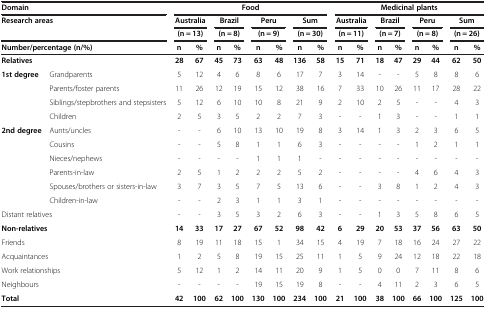
<table><thead><tr><td colspan="2"><b>Domain</b></td><td colspan="8"><b>Food</b></td><td colspan="8"><b>Medicinal plants</b></td></tr><tr><td rowspan="2" colspan="2"><b>Research areas</b></td><td colspan="2"><b>Australia</b></td><td colspan="2"><b>Brazil</b></td><td colspan="2"><b>Peru</b></td><td colspan="2"><b>Sum</b></td><td colspan="2"><b>Australia</b></td><td colspan="2"><b>Brazil</b></td><td colspan="2"><b>Peru</b></td><td colspan="2"><b>Sum</b></td></tr><tr><td colspan="2"><b>(n = 13)</b></td><td colspan="2"><b>(n = 8)</b></td><td colspan="2"><b>(n = 9)</b></td><td colspan="2"><b>(n = 30)</b></td><td colspan="2"><b>(n = 11)</b></td><td colspan="2"><b>(n = 7)</b></td><td colspan="2"><b>(n = 8)</b></td><td colspan="2"><b>(n = 26)</b></td></tr><tr><td colspan="2"><b>Number/percentage (n/%)</b></td><td><b>n</b></td><td><b>%</b></td><td><b>n</b></td><td><b>%</b></td><td><b>n</b></td><td><b>%</b></td><td><b>n</b></td><td><b>%</b></td><td><b>n</b></td><td><b>%</b></td><td><b>n</b></td><td><b>%</b></td><td><b>n</b></td><td><b>%</b></td><td><b>n</b></td><td><b>%</b></td></tr></thead><tbody><tr><td colspan="2"><b>Relatives</b></td><td><b>28</b></td><td><b>67</b></td><td><b>45</b></td><td><b>73</b></td><td><b>63</b></td><td><b>48</b></td><td><b>136</b></td><td><b>58</b></td><td><b>15</b></td><td><b>71</b></td><td><b>18</b></td><td><b>47</b></td><td><b>29</b></td><td><b>44</b></td><td><b>62</b></td><td><b>50</b></td></tr><tr><td rowspan="4"><b>1st degree</b></td><td>Grandparents</td><td>5</td><td>12</td><td>4</td><td>6</td><td>8</td><td>6</td><td>17</td><td>7</td><td>3</td><td>14</td><td>-</td><td>-</td><td>5</td><td>8</td><td>8</td><td>6</td></tr><tr><td>Parents/foster parents</td><td>11</td><td>26</td><td>12</td><td>19</td><td>15</td><td>12</td><td>38</td><td>16</td><td>7</td><td>33</td><td>10</td><td>26</td><td>11</td><td>17</td><td>28</td><td>22</td></tr><tr><td>Siblings/stepbrothers and stepsisters</td><td>5</td><td>12</td><td>6</td><td>10</td><td>10</td><td>8</td><td>21</td><td>9</td><td>2</td><td>10</td><td>2</td><td>5</td><td>-</td><td>-</td><td>4</td><td>3</td></tr><tr><td>Children</td><td>2</td><td>5</td><td>3</td><td>5</td><td>2</td><td>2</td><td>7</td><td>3</td><td>-</td><td>-</td><td>1</td><td>3</td><td>-</td><td>-</td><td>1</td><td>1</td></tr><tr><td rowspan="6"><b>2nd degree</b></td><td>Aunts/uncles</td><td>-</td><td>-</td><td>6</td><td>10</td><td>13</td><td>10</td><td>19</td><td>8</td><td>3</td><td>14</td><td>1</td><td>3</td><td>2</td><td>3</td><td>6</td><td>5</td></tr><tr><td>Cousins</td><td>-</td><td>-</td><td>5</td><td>8</td><td>1</td><td>1</td><td>6</td><td>3</td><td>-</td><td>-</td><td>-</td><td>-</td><td>1</td><td>2</td><td>1</td><td>1</td></tr><tr><td>Nieces/nephews</td><td>-</td><td>-</td><td>-</td><td>-</td><td>1</td><td>1</td><td>1</td><td>-</td><td>-</td><td>-</td><td>-</td><td>-</td><td>-</td><td>-</td><td>-</td><td>-</td></tr><tr><td>Parents-in-law</td><td>2</td><td>5</td><td>1</td><td>2</td><td>2</td><td>2</td><td>5</td><td>2</td><td>-</td><td>-</td><td>-</td><td>-</td><td>4</td><td>6</td><td>4</td><td>3</td></tr><tr><td>Spouses/brothers or sisters-in-law</td><td>3</td><td>7</td><td>3</td><td>5</td><td>7</td><td>5</td><td>13</td><td>6</td><td>-</td><td>-</td><td>3</td><td>8</td><td>1</td><td>2</td><td>4</td><td>3</td></tr><tr><td>Children-in-law</td><td>-</td><td>-</td><td>2</td><td>3</td><td>1</td><td>1</td><td>3</td><td>1</td><td>-</td><td>-</td><td>-</td><td>-</td><td>-</td><td>-</td><td>-</td><td>-</td></tr><tr><td colspan="2">Distant relatives</td><td>-</td><td>-</td><td>3</td><td>5</td><td>3</td><td>2</td><td>6</td><td>3</td><td>-</td><td>-</td><td>1</td><td>3</td><td>5</td><td>8</td><td>6</td><td>5</td></tr><tr><td colspan="2"><b>Non-relatives</b></td><td><b>14</b></td><td><b>33</b></td><td><b>17</b></td><td><b>27</b></td><td><b>67</b></td><td><b>52</b></td><td><b>98</b></td><td><b>42</b></td><td><b>6</b></td><td><b>29</b></td><td><b>20</b></td><td><b>53</b></td><td><b>37</b></td><td><b>56</b></td><td><b>63</b></td><td><b>50</b></td></tr><tr><td colspan="2">Friends</td><td>8</td><td>19</td><td>11</td><td>18</td><td>15</td><td>1</td><td>34</td><td>15</td><td>4</td><td>19</td><td>7</td><td>18</td><td>16</td><td>24</td><td>27</td><td>22</td></tr><tr><td colspan="2">Acquaintances</td><td>1</td><td>2</td><td>5</td><td>8</td><td>19</td><td>15</td><td>25</td><td>11</td><td>1</td><td>5</td><td>9</td><td>24</td><td>12</td><td>18</td><td>22</td><td>18</td></tr><tr><td colspan="2">Work relationships</td><td>5</td><td>12</td><td>1</td><td>2</td><td>14</td><td>11</td><td>20</td><td>9</td><td>1</td><td>5</td><td>0</td><td>0</td><td>7</td><td>11</td><td>8</td><td>6</td></tr><tr><td colspan="2">Neighbours</td><td>-</td><td>-</td><td>-</td><td>-</td><td>19</td><td>15</td><td>19</td><td>8</td><td>-</td><td>-</td><td>4</td><td>11</td><td>2</td><td>3</td><td>6</td><td>5</td></tr><tr><td colspan="2"><b>Total</b></td><td><b>42</b></td><td><b>100</b></td><td><b>62</b></td><td><b>100</b></td><td><b>130</b></td><td><b>100</b></td><td><b>234</b></td><td><b>100</b></td><td><b>21</b></td><td><b>100</b></td><td><b>38</b></td><td><b>100</b></td><td><b>66</b></td><td><b>100</b></td><td><b>125</b></td><td><b>100</b></td></tr></tbody></table>